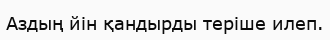
Аздың йін қандырды теріше илеп.